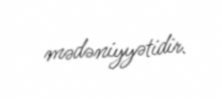
mədəniyyətidir.